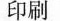
印刷